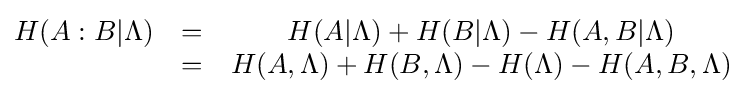
{\begin{matrix}H(A:B|\Lambda )&=&H(A|\Lambda )+H(B|\Lambda )-H(A,B|\Lambda )\\&=&H(A,\Lambda )+H(B,\Lambda )-H(\Lambda )-H(A,B,\Lambda )\end{matrix}}